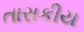
તારાકીય